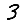
Digit: 3